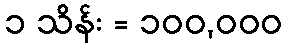
၁ သိန်း = ၁၀၀,၀၀၀